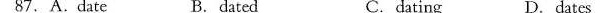
87.A.Date B.Dated C.dating D.Dates